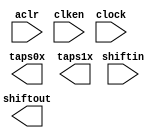
module line_buf_400pts_2lines (
	aclr,
	clken,
	clock,
	shiftin,
	shiftout,
	taps0x,
	taps1x);

	input	  aclr;
	input	  clken;
	input	  clock;
	input	[8:0]  shiftin;
	output	[8:0]  shiftout;
	output	[8:0]  taps0x;
	output	[8:0]  taps1x;
`ifndef ALTERA_RESERVED_QIS
// synopsys translate_off
`endif
	tri1	  aclr;
	tri1	  clken;
`ifndef ALTERA_RESERVED_QIS
// synopsys translate_on
`endif

endmodule